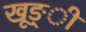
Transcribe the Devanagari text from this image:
खूङ्ी